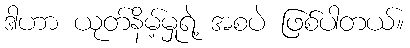
ဒါဟာ ယုတ်နိမ့်မှုရဲ့ အစပဲ ဖြစ်ပါတယ်။